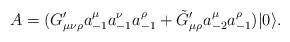
LaTeX: \begin{align*}A=(G_{\mu \nu \rho}' a_{-1}^{\mu} a_{-1}^{\nu} a_{-1}^{\rho}+\tilde{G}_{\mu\rho}' a_{-2}^{\mu} a_{-1}^{\rho}) |0 \rangle . \end{align*}